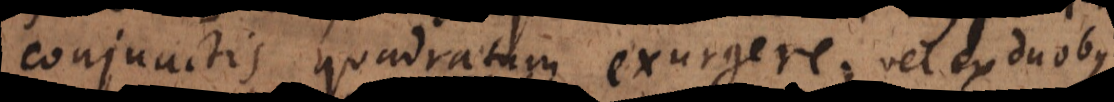
conjunctis quadratum exurgere; vel ex duobus